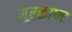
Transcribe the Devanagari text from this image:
मूरक्राफ्ट